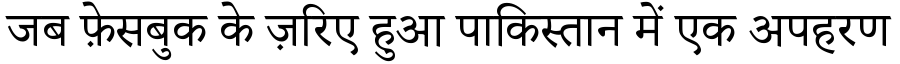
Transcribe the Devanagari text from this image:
जब फ़ेसबुक के ज़रिए हुआ पाकिस्तान में एक अपहरण